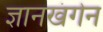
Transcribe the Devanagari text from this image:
ज्ञानखंगेन